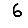
Digit: 6